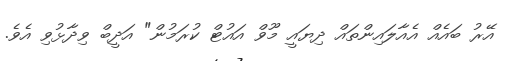
އޭރު ބައެއް އެއާލައިންތައް ދިޔައީ މޫވް އައުޓް ކުރަމުން" އަދީބް ވިދާޅުވި އެވެ.